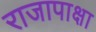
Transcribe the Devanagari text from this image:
राजापाक्षा